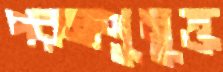
পরমাণুমুক্ত